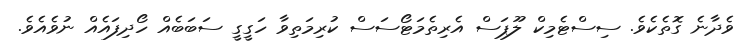
ވެދާނެ ގޮތެކެވެ. ސިސްޓެމިކް ލޫޕަސް އެރިތެމަޓޯސަސް ކުރިމަތިވާ ހަގީގީ ސަބަބެއް ހޯދިފައެއް ނުވެއެވެ.